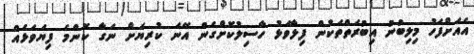
އެއަށްފަހު މިލިބުނު އިބުރަތްތަކުން ފިލާވަޅު ހާސިލުކޮށްގެން އޭނަ ކުރިޔަށް ނަގާ ކޮންމެ ފިޔަވަޅެއް